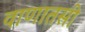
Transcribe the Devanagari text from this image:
वाणातसी